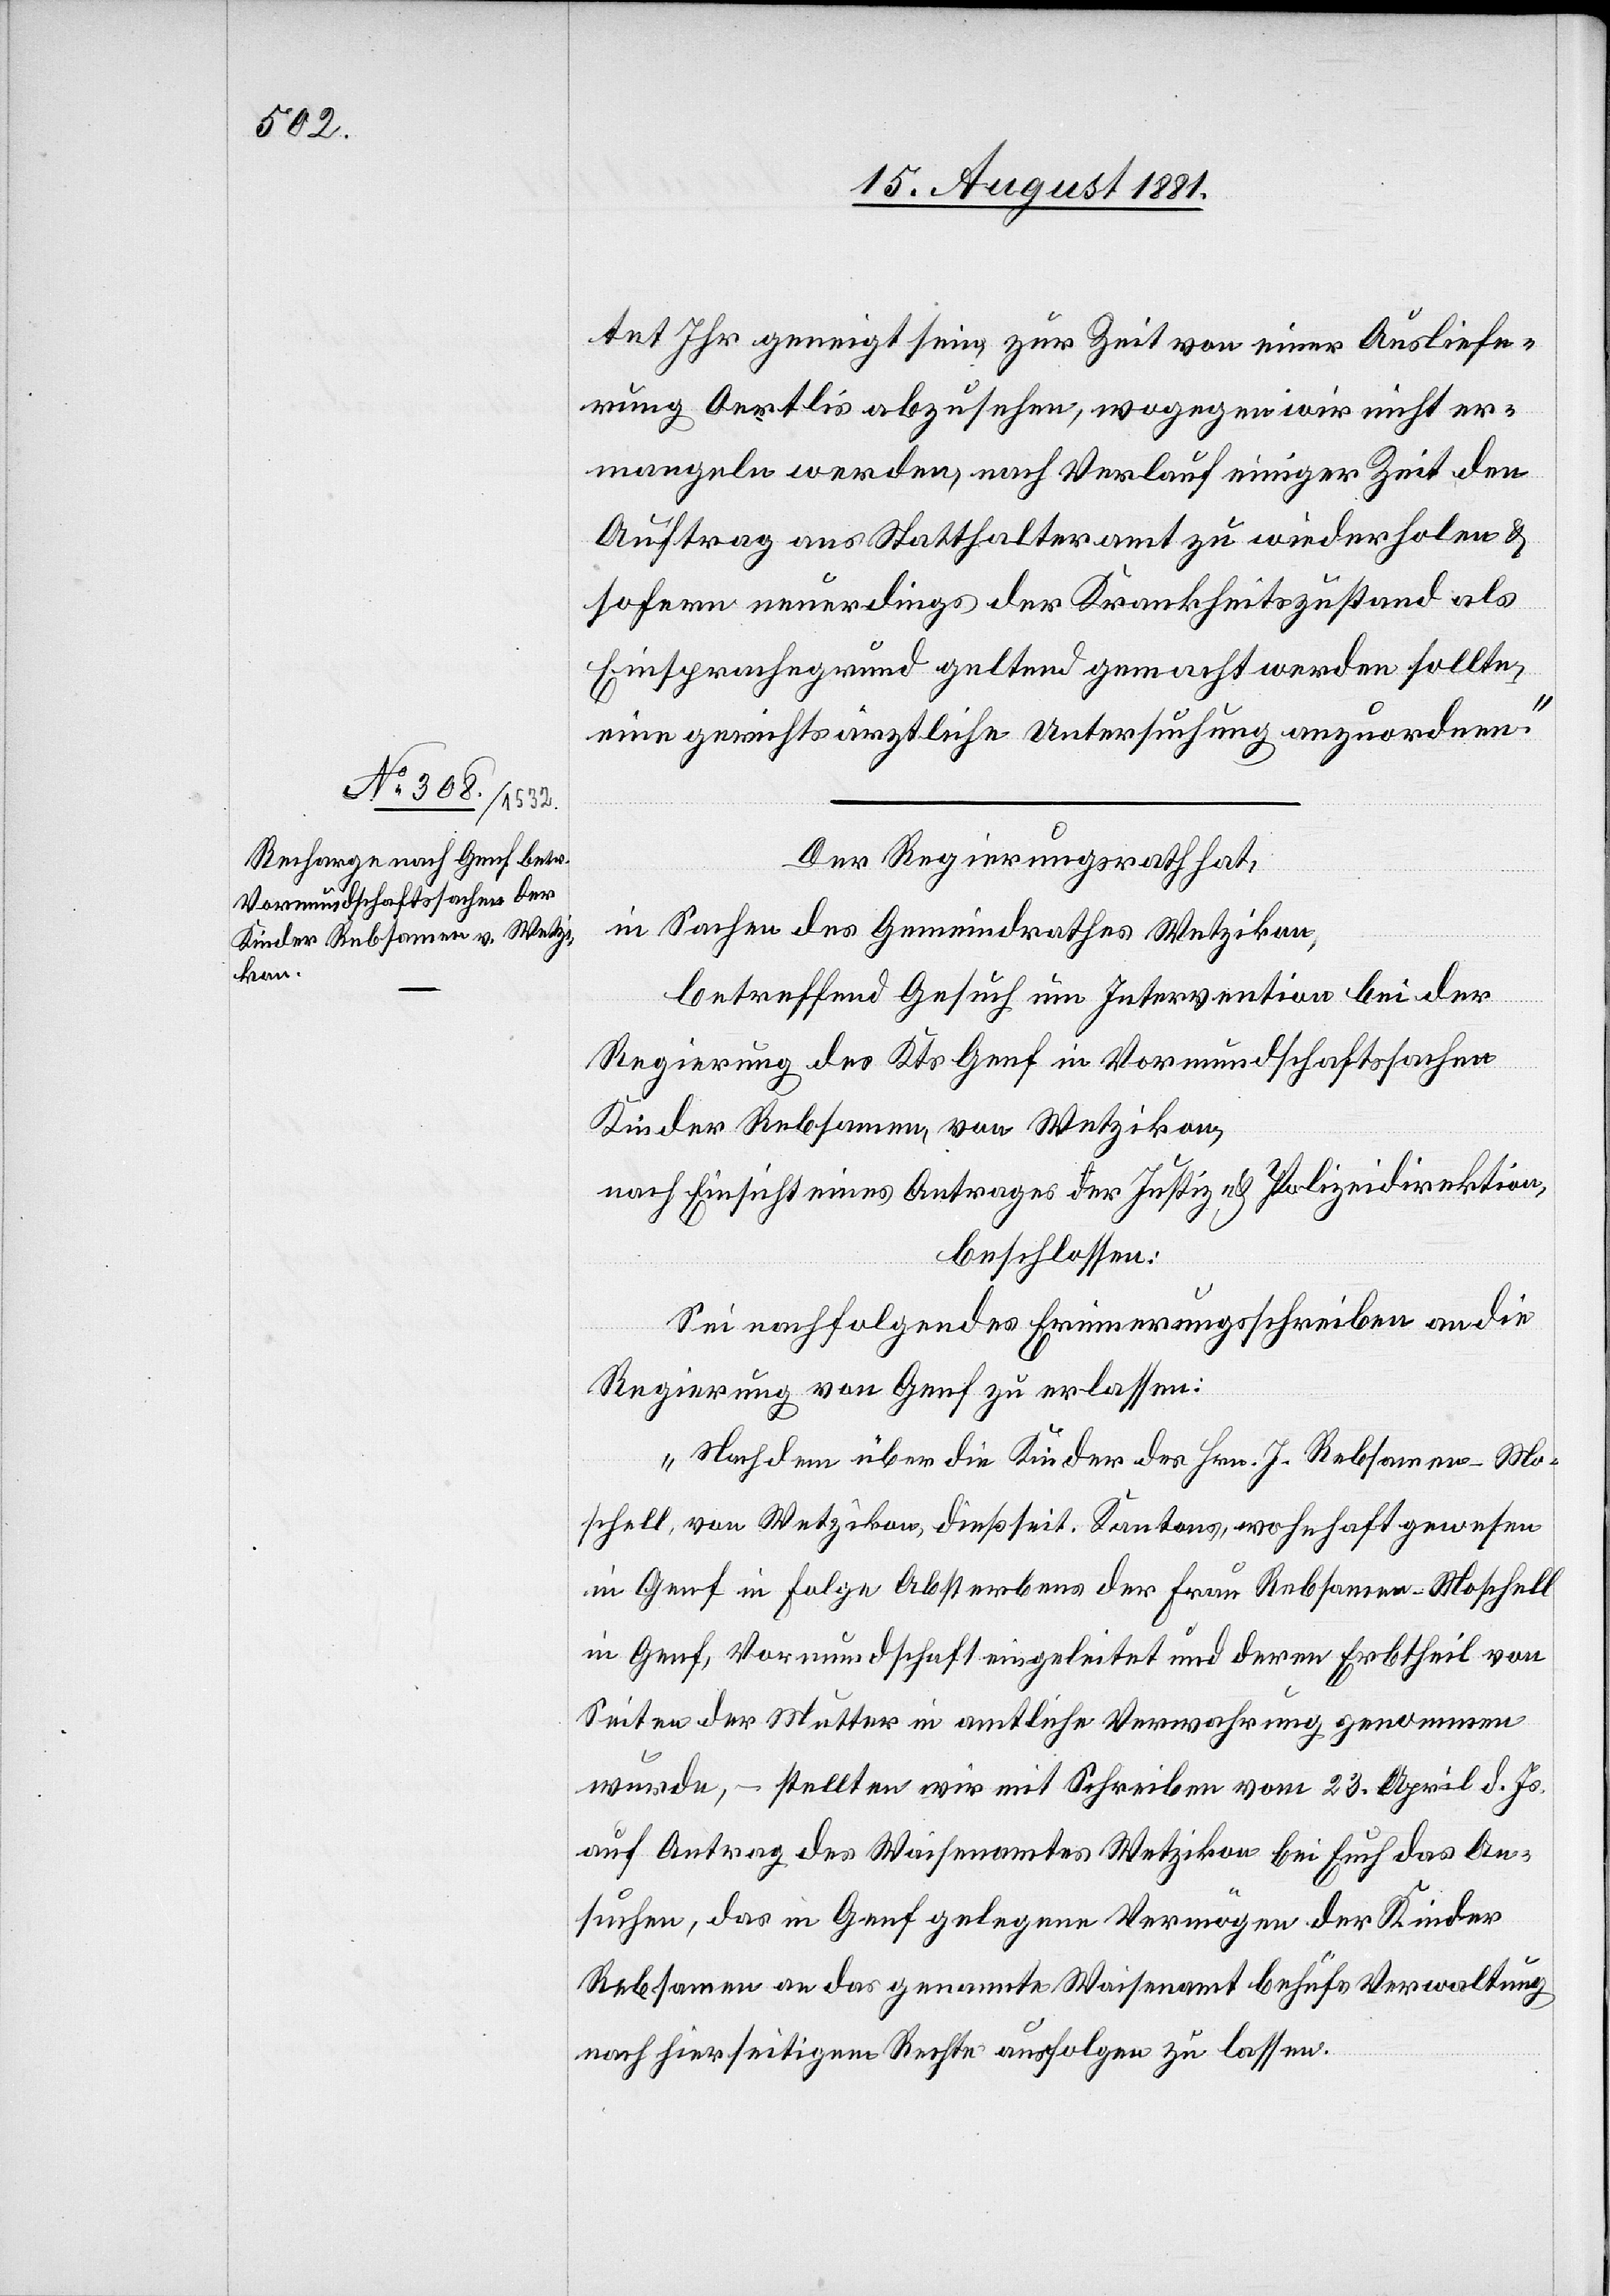
waltung

16. August 1881]
tet Ihr geneigt sein, zur Zeit von einer Ausliefe¬
rung Oertlis abzusehen, wogegen wir nicht er¬
mangeln werden, nach Verlauf einiger Zeit den
Auftrag ans Statthalteramt zu wiederholen &
sofern neuerdings der Krankheitszustand als
Einsprachegrund geltend gemacht werden sollte,
eine gerichtsärztliche Untersuchung anzuordnen.“
Der Regierungsrath hat,
in Sachen des Gemeindrathes Wetzikon,
betreffend Gesuch um Intervention bei der
Regierung des Kts. Genf in Vormundschaftssachen
Kinder Rebsamen, von Wetzikon,
nach Einsicht eines Antrages der Justiz- & Polizeidirektion,
beschlossen:
Sei nachfolgendes Erinnerungsschreiben an die
Regierung von Genf zu erlassen:
„Nachdem über die Kinder des Hrn. J. Rebsamen-Mo¬
schell, von Wetzikon, dießseit. Katons, wohnhaft gewesen
in Genf in Folge Absterbens der Frau Rebsamen-Moschell
in Genf, Vormundschaft eingeleitet und deren Erbtheil von
Seiten der Mutter in amtliche Verwahrung genommen
wurde, – stellten wir mit Schreiben vom 23. April d. Js.
auf Antrag des Waisenamtes Wetzikon bei Euch das An¬
suchen, das in Genf gelegene Waisenamt behufs Ver¬
nach hierseitigem Rechte ausfolgen zu lassen.